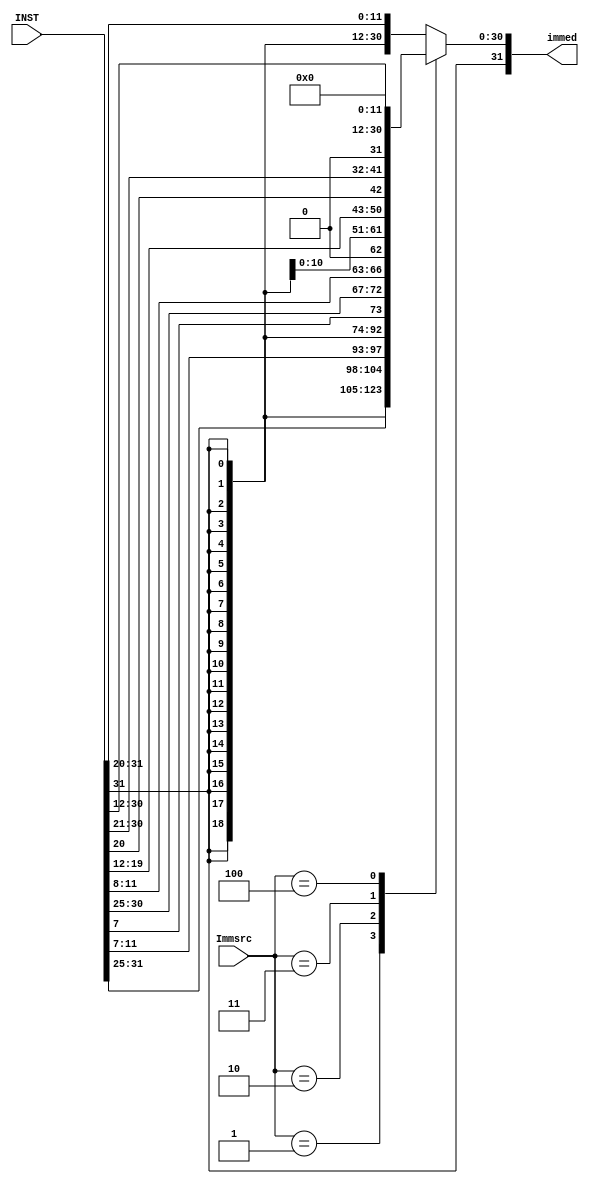
`timescale 1ns / 100ps

module IMMED(
	input wire [31:0] INST,
	input wire [2:0] Immsrc,
	output reg signed [31:0] immed
	);

	always @(*) begin
		case (Immsrc)
			3'b000: immed = {{20{INST[31]}}, INST[31:20]}; // I-type, Load, JALR
			3'b001: immed = {{20{INST[31]}}, INST[31:25], INST[11:7]}; // Store
			3'b010:	immed = {{19{INST[31]}}, INST[31], INST[7], INST[30:25], INST[11:8], 1'b0}; // Branch
			3'b011:	immed = {{12{INST[31]}}, INST[31], INST[19:12], INST[20], INST[30:21], 1'b0}; // JAL
			3'b100:	immed = {INST[31:12], {12{1'b0}}}; // LUI, AUIPC
			default: immed = {{20{INST[31]}}, INST[31:20]}; // Default.. 
		endcase
	end 
endmodule